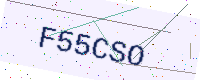
Text: F55CSO